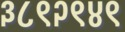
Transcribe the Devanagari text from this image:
३८९२९४९